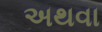
અથવા